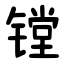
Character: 镗